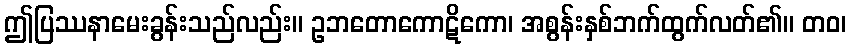
ဤပြဿနာမေးခွန်းသည်လည်း။ ဥဘတောကောဋိကော၊ အစွန်းနှစ်ဘက်ထွက်လတ်၏။ တဝ၊